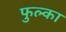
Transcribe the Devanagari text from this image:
फुल्का